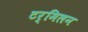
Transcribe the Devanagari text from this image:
टर्मिलन